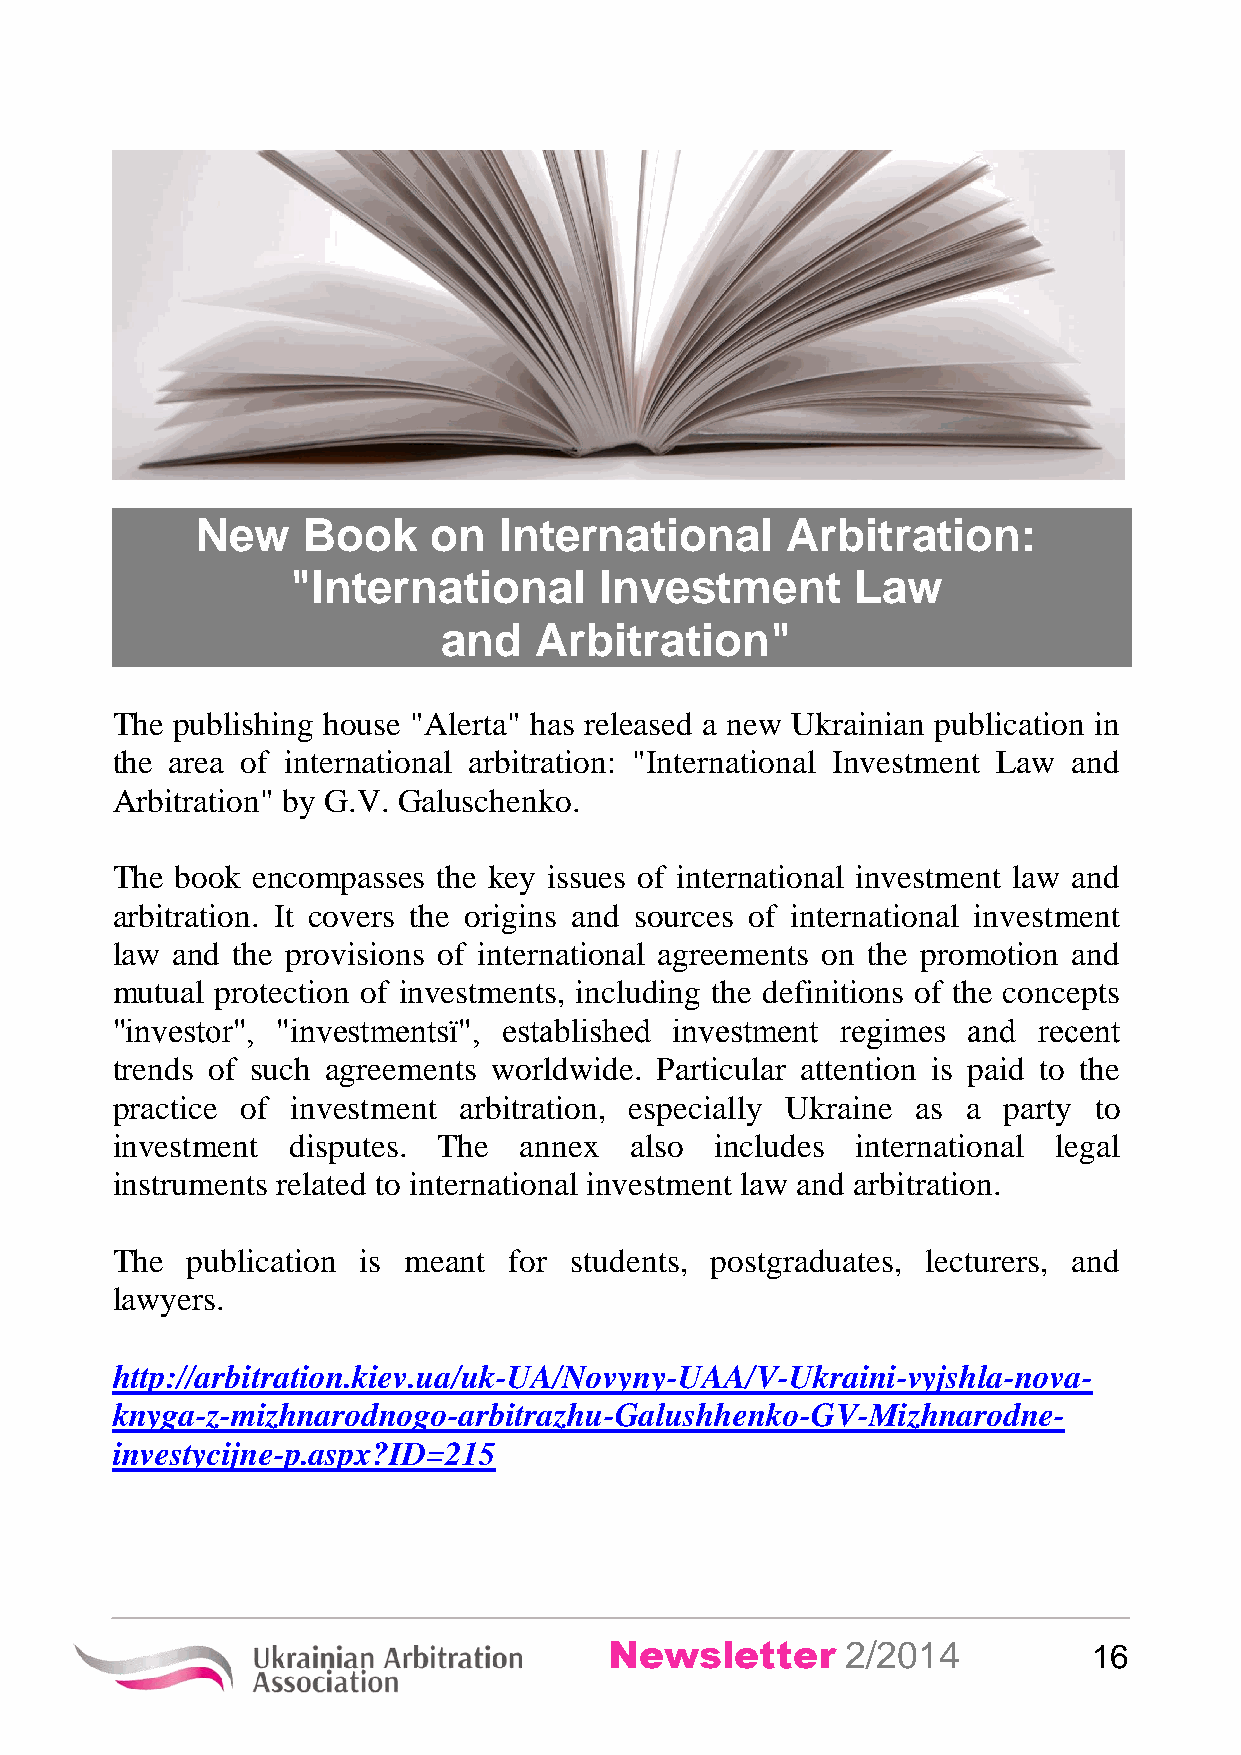
New    Book    on   International      Arbitration:
 "International       Investment       Law
 and   Arbitration"
 The publishing house "Alerta" has released a new Ukrainian publication in
 the area of international arbitration: "International Investment Law and
 Arbitration" by G.V. Galuschenko.
 The  book encompasses the key issues of international investment law and
 arbitration. It covers the origins and sources of international investment
 law and the provisions of international agreements on the promotion and
 mutual protection of investments, including the definitions of the concepts
 "investor", "investmentsї", established investment regimes and recent
 trends of such agreements worldwide. Particular attention is paid to the
 practice of investment arbitration, especially Ukraine as a party to
 investment  disputes. The  annex   also includes  international legal
 instruments related to international investment law and arbitration.
 The  publication is meant  for students, postgraduates, lecturers, and
 lawyers.
 http://arbitration.kiev.ua/uk-UA/Novyny-UAA/V-Ukraini-vyjshla-nova-
 knyga-z-mizhnarodnogo-arbitrazhu-Galushhenko-GV-Mizhnarodne-
 investycijne-p.aspx?ID=215
 Newsletter      2/2014          16